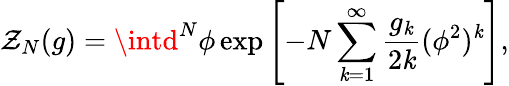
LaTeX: \mathcal{Z}_{N}(g)=\intd^{N}\phi\exp\left[-N\sum_{\mathit{k}=1}^{\infty}\frac{{g_{\mathit{k}}}}{{2\mathit{k}}}(\phi^{2})^{\mathit{k}}\right],